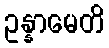
ဥန္နာမေတိ